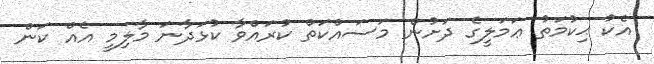
އެކު ޙިކުމަތު ޢަމަލީގެ ދަށުން މަސައްކަތް ކުރައްވާ ކުޅަދާނަ މާލިމީ އެއް ކަން